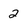
Character: 2